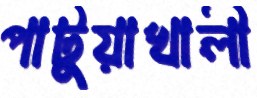
পাটুয়াখালী